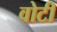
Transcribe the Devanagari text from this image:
वोटी